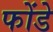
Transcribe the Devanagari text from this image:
फोंडे